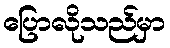
ပြောလိုသည်မှာ